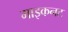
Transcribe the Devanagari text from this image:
माइकनट